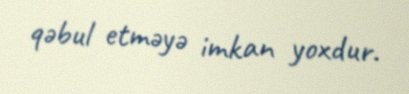
qəbul etməyə imkan yoxdur.